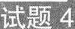
试题4